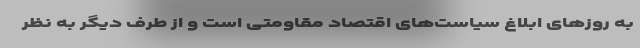
به روزهای ابلاغ سیاست‌های اقتصاد مقاومتی است و از طرف دیگر به نظر